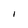
Character: I